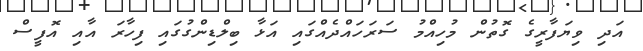
އަދި ވިޔަފާރީގެ ގޮތުން މުހިއްމު ސަރަހައްދެއްގައި އަޅާ ބިލްޑިންގުގައި ފިހާރަ އާއި އޮފީސް